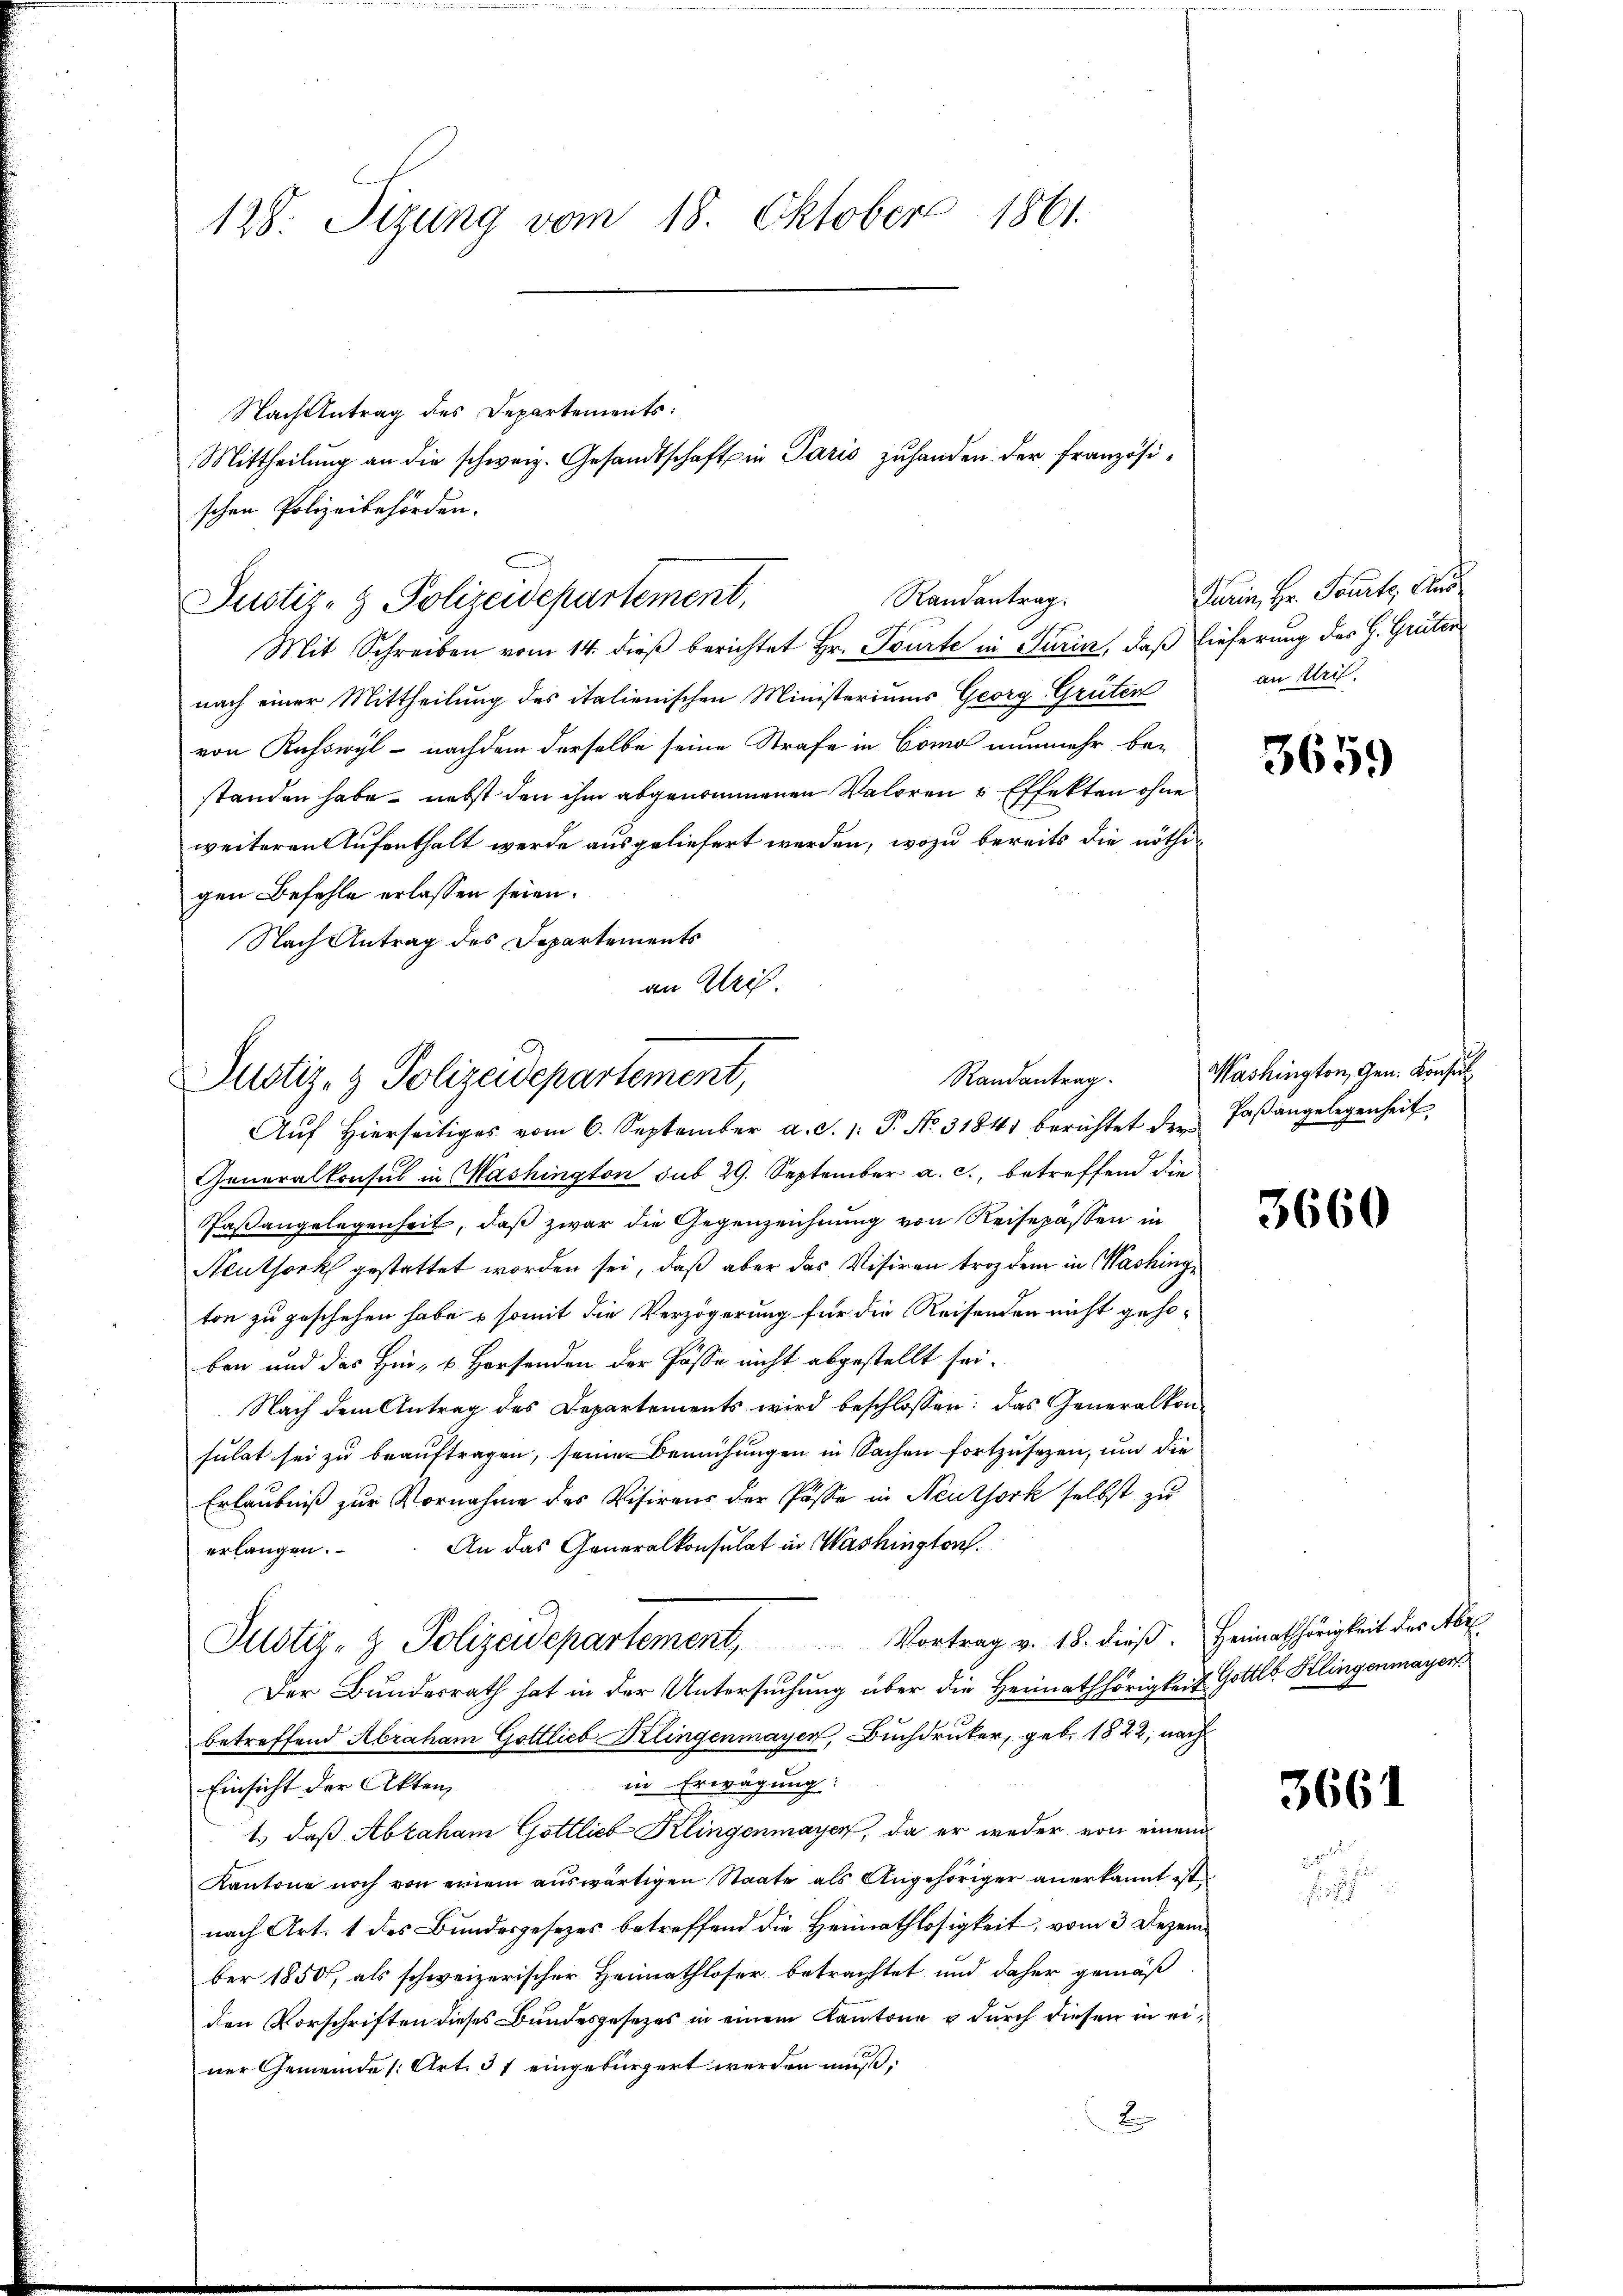
128: Sizung vom 18. Oktober 1861.

Nach Antrag des Departements:
schen Polizeibehörden.

Randantrag.
Justiz- & Polizeidepartement,

Mittheilung an die schweiz. Gesandtschaft in Paris zuhanden der französi¬

Mit Schreiben vom 14. dieβ berichtet Hr. Tourte in Turin, daß Lieferung des H. Grüter
nach einer Mittheilung des italienischen Ministeriums Georg Grüten
von Kuhswyl - nachdem derselbe seine Strafe in Como nunmehr bestanden habe, nebst den ihm abgenommenen Valoren & Effekten ohne
weiteren Aufenthalt werde ausgeliefert werden, wozu bereits die nöthigen Befehle erlassen seien.
Nach Antrag des Departements
an Uri.

Randantrag.
Justiz- & Polizeidepartement,

Aŭf Hierseitiges vom 6. September a. S. 1: P. No. 31841 berichtet der Paβangelegenheit
Generalkonsul in Washington sub 29. September a. c., betreffend die
Paßangelegenheit, daß zwar die Gegenzeichnung von Reisepässen in
Neuthork gestattet worden sei, daß aber das Visiren troz dem in Washinge
ton zu geschehen habe & somit die Verzögerung für die Reisenden nicht gehoben und das Hin- 6. Horsenden der Pässe nicht abgestellt sei.
Nach dem Antrag des Departements wird beschlossen: das Generalkonsulat sei zu beauftragen, seine Bemühungen in Sachen fortzusetzen, um die
Erlaubniß zur Vornahme des Visirens der Pässe in Neuthork selbst zu
An das Generalkonsulat in Washington.
erlangen.
Justiz- & Polizeidepartement, Vortrag v. 18. dieß. Heimathörigkeit der Abe
Der Bundesrath hat in der Untersuchung über die Heimathörigkeit Gottls Klingenmayers
betreffend Abraham Gottlieb Klingenmayer, Buchdruker, geb. 1822, nach
in Erwägung:
Einsicht der Akten,
1.) daß Abraham Gottlieb Klingenmayer, da er weder von einem
Kantone noch von einem auswärtigen Staate als Angehöriger anerkannt ist,
nach Art. 1 des Bundesgesezes betreffend die Heimathlosigkeit, vom 3. Dezember 1850, als schweizerischer Heimathloser betrachtet und daher gemäß
den Vorschriften dieses Bundesgesetzes in einem Kantone u durch diesen in einer Gemeinde [Art. 31 eingebürgert werden muß,
2

Turin, Hr. Tourt, Au
an Wei

3659

Washington, Gen. Konsul

3660

3661